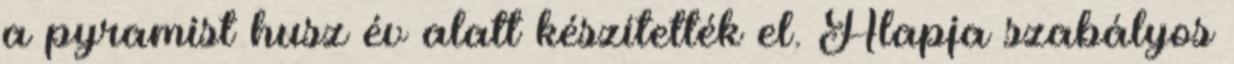
a pyramist husz év alatt készítették el. Alapja szabályos